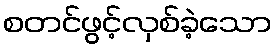
စတင်ဖွင့်လှစ်ခဲ့သော